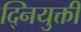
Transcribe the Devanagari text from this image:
द्नियुक्ती